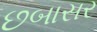
છબાસર